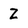
Character: Z